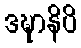
ဒဍ္ဎာနိပိ